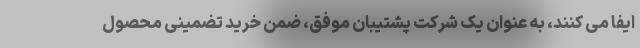
ایفا می کنند، به عنوان یک شرکت پشتیبان موفق، ضمن خرید تضمینی محصول